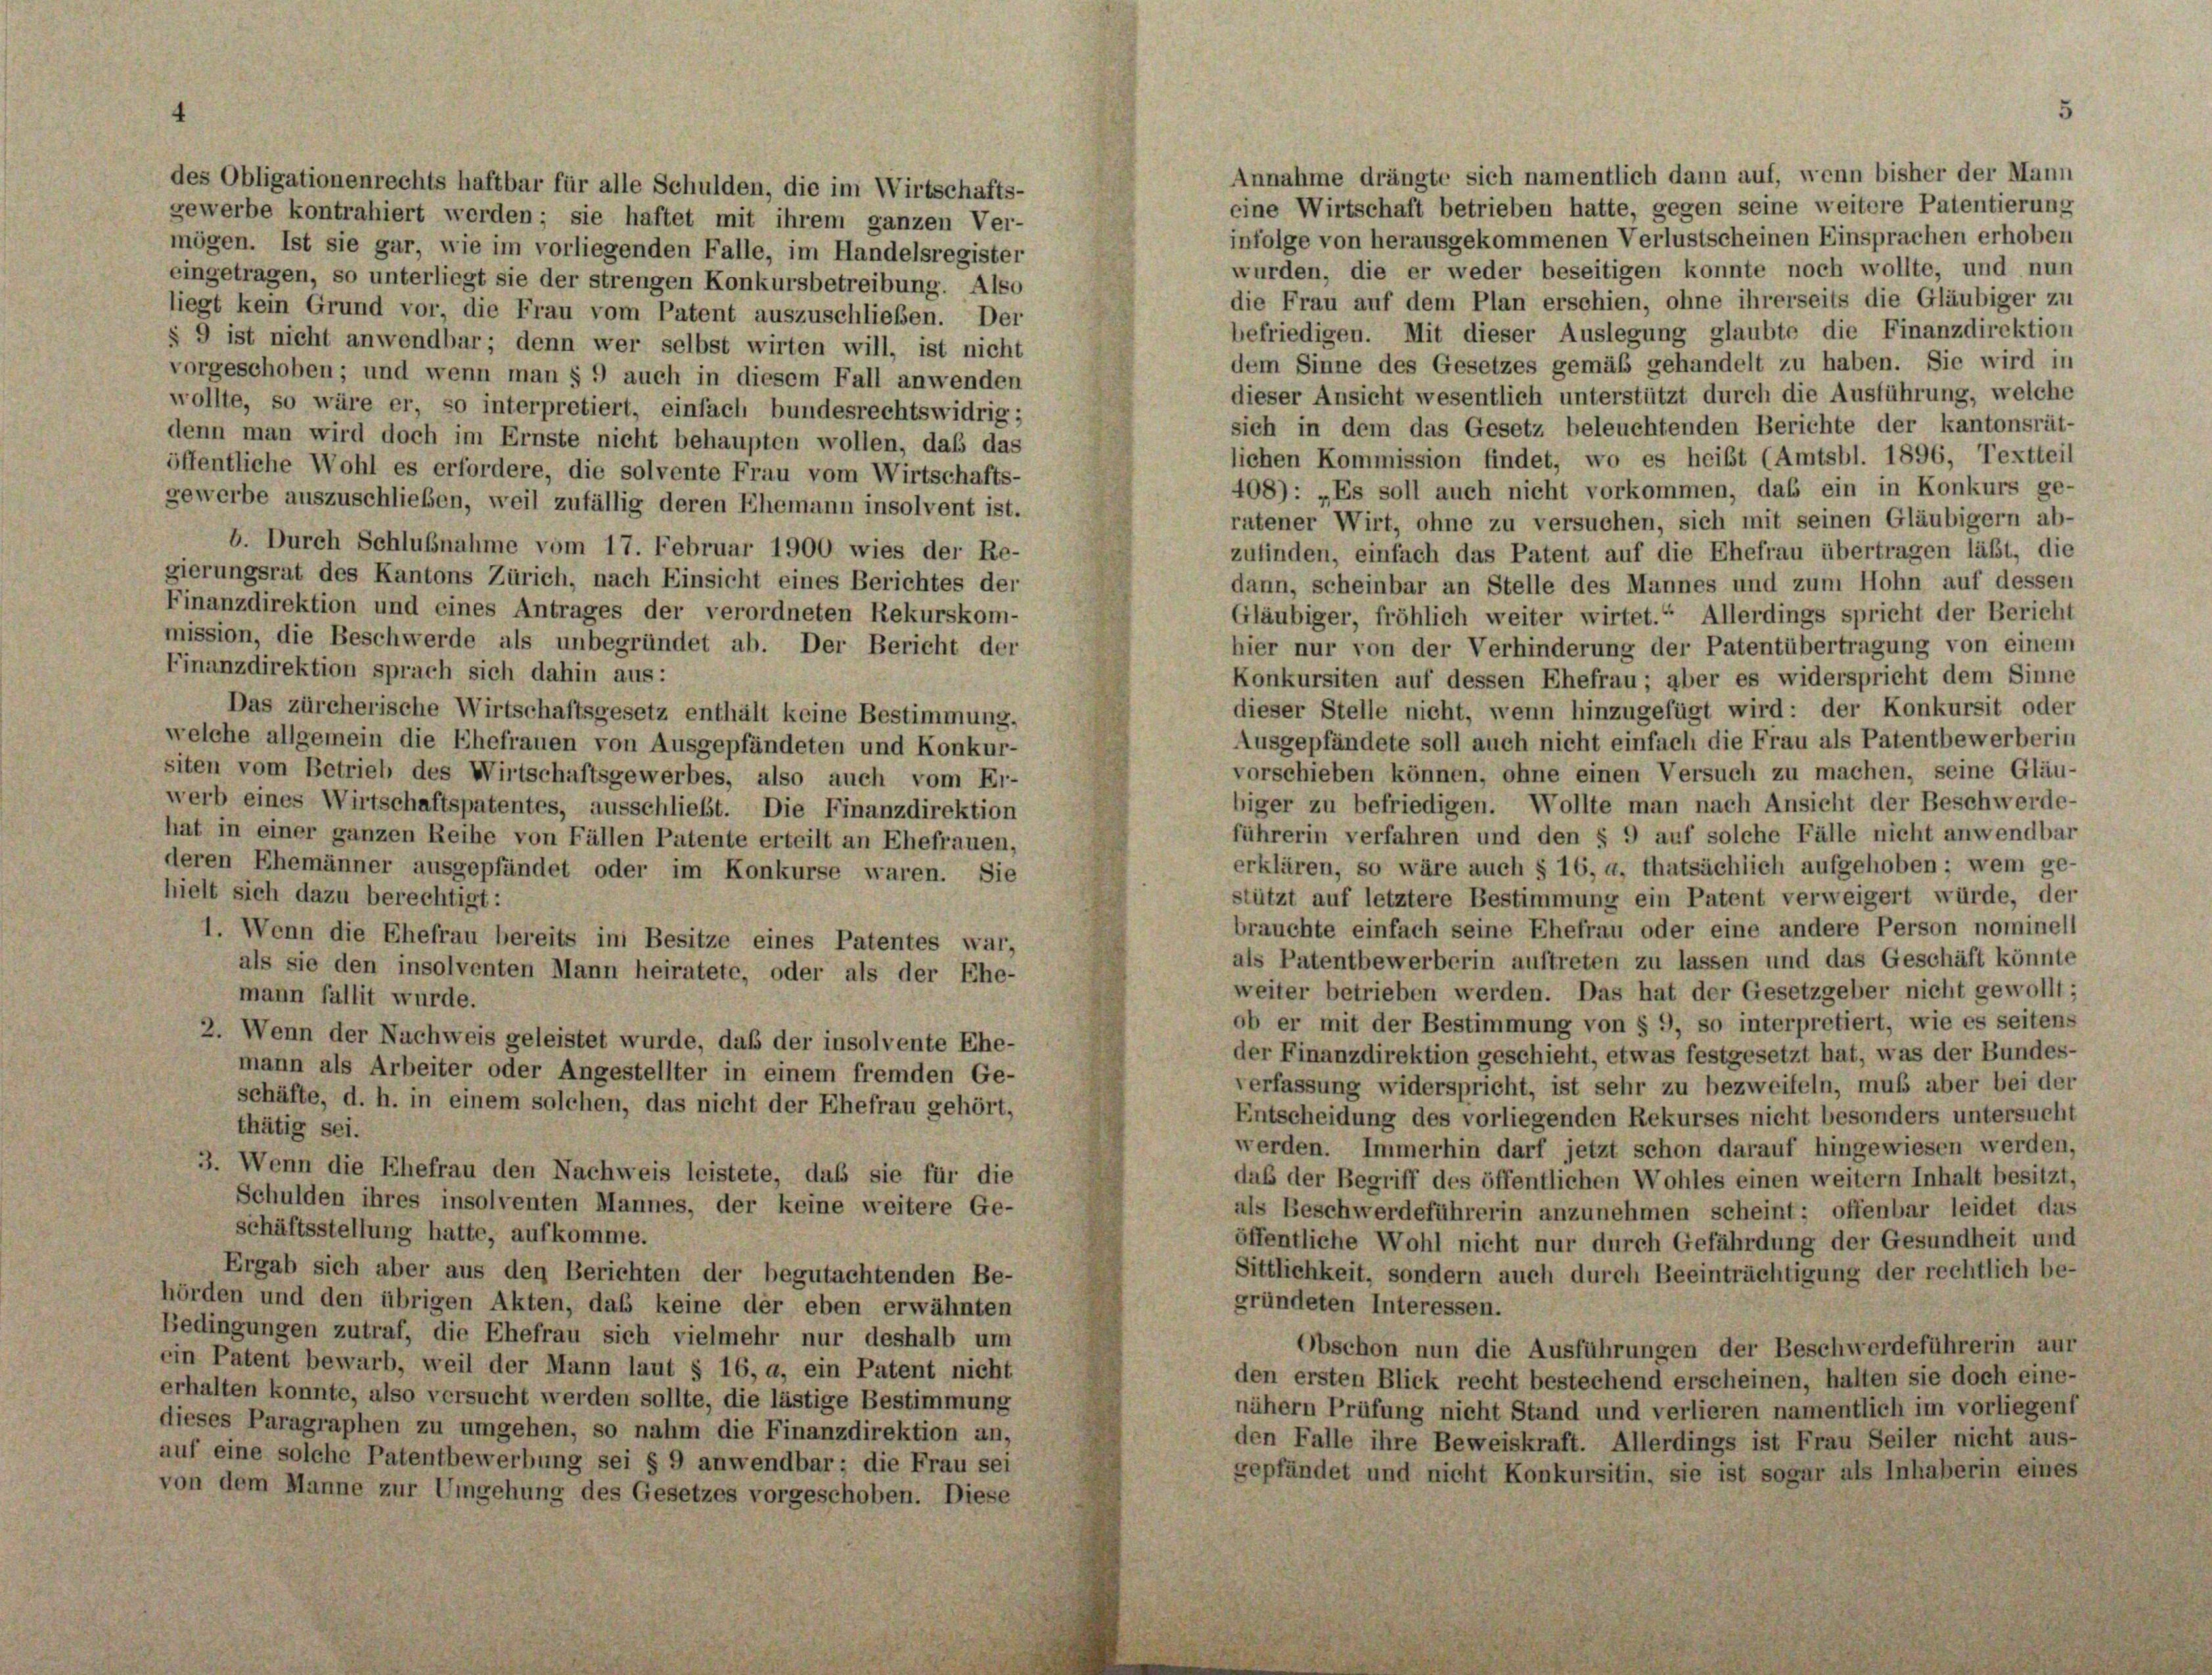
des Obligationenrechts haftbar für alle Schulden, die im Wirtschafts-

eine Wirtschaft betrieben hatte, gegen seine weitere Patentierung
gewerbe kontrahiert werden; sie haftet mit ihrem ganzen Ver-
infolge von herausgekommenen Verlustscheinen Einsprachen erhoben
mögen. Ist sie gar, wie im vorliegenden Falle, im Handelsregister
wurden, die er weder beseitigen konnte noch wollte, und nun
eingetragen, so unterliegt sie der strengen Konkursbetreibung. Also
die Frau auf dem Plan erschien, ohne ihrerseits die Gläubiger zu
liegt kein Grund vor, die Frau vom Patent auszuschließen. Der
befriedigen. Mit dieser Auslegung glaubte die Finanzdirektion
§ 9 ist nicht anwendbar; denn wer selbst wirten will, ist nicht
dem Sinne des Gesetzes gemäß gehandelt zu haben. Sie wird in
vorgeschoben; und wenn man § 9 auch in diesem Fall anwenden
dieser Ansicht wesentlich unterstützt durch die Ausführung, welche
wollte, so wäre er, so interpretiert, einfach bundesrechtswidrig;
sich in dem das Gesetz beleuchtenden Berichte der kantonsrät-
denn man wird doch im Ernste nicht behaupten wollen, daß das
lichen Kommission findet, wo es heißt (Amtsbl. 1896, Textteil
öffentliche Wohl es erfordere, die solvente Frau vom Wirtschafts-
408): „Es soll auch nicht vorkommen, das ein in Konkurs ge-
gewerbe auszuschließen, weil zufällig deren Ehemann insolvent ist.
ratener Wirt, ohne zu versuchen, sich mit seinen Gläubigern ab-
b. Durch Schlußnahme vom 17. Februar 1900 wies der Re-
zufinden, einfach das Patent auf die Ehefrau übertragen läßt, die
gierungsrat des Kantons Zürich, nach Einsicht eines Berichtes der
dann, scheinbar an Stelle des Mannes und zum Hohn auf dessen
Finanzdirektion und eines Antrages der verordneten Rekurskom-
Gläubiger, fröhlich weiter wirtet.“ Allerdings spricht der Bericht
mission, die Beschwerde als unbegründet ab. Der Bericht der
hier nur von der Verhinderung der Patentübertragung von einem
Finanzdirektion sprach sich dahin aus:
Konkursiten auf dessen Ehefrau; aber es widerspricht dem Sinne
dieser Stelle nicht, wenn hinzugefügt wird: der Konkursit oder
Das zürcherische Wirtschaftsgesetz enthält keine Bestimmung,
Ausgepfändete soll auch nicht einfach die Frau als Patentbewerberin
welche allgemein die Ehefrauen von Ausgepfändeten und Konkur-
vorschieben können, ohne einen Versuch zu machen, seine Gläu-
siten vom Betrieb des Wirtschaftsgewerbes, also auch vom Er-
biger zu befriedigen. Wollte man nach Ansicht der Beschwerde-
werb eines Wirtschaftspatentes, ausschließt. Die Finanzdirektion
führerin verfahren und den § 9 auf solche Fälle nicht anwendbar
hat in einer ganzen Reihe von Fällen Patente erteilt an Ehefrauen,
erklären, so wäre auch § 16, a, thatsächlich aufgehoben; wem ge-
deren Ehemänner ausgepfändet oder im Konkurse waren. Sie
hielt sich dazu berechtigt:
stützt auf letztere Bestimmung ein Patent verweigert würde, der
brauchte einfach seine Ehefrau oder eine andere Person nominell
1. Wenn die Ehefrau bereits im Besitze eines Patentes war,
als Patentbewerberin auftreten zu lassen und das Geschäft könnte
als sie den insolventen Mann heiratete, oder als der Ehe-
weiter betrieben werden. Das hat der Gesetzgeber nicht gewollt;
mann fallit wurde.
ob er mit der Bestimmung von § 9, so interpretiert, wie es seitens
2. Wenn der Nachweis geleistet wurde, daß der insolvente Ehe-
der Finanzdirektion geschieht, etwas festgesetzt hat, was der Bundes-
mann als Arbeiter oder Angestellter in einem fremden Ge-
verfassung widerspricht, ist sehr zu bezweifeln, muß aber bei der
schäfte, d. h. in einem solchen, das nicht der Ehefrau gehört,
Entscheidung des vorliegenden Rekurses nicht besonders untersucht
thätig sei.
werden. Immerhin darf jetzt schon darauf hingewiesen werden,
3. Wenn die Ehefrau den Nachweis leistete, daß sie für die
dab der Begriff des öffentlichen Wohles einen weitern Inhalt besitzt,
Schulden ihres insolventen Mannes, der keine weitere Ge-
als Beschwerdeführerin anzunehmen scheint: offenbar leidet das
schäftsstellung hatte, aufkomme.
öffentliche Wohl nicht nur durch Gefährdung der Gesundheit und
Ergab sich aber aus den Berichten der begutachtenden Be-
Sittlichkeit, sondern auch durch Beeinträchtigung der rechtlich be-
hörden und den übrigen Akten, das keine der eben erwähnten
gründeten Interessen.
Bedingungen zutraf, die Ehefrau sich vielmehr nur deshalb um
Obschon nun die Ausführungen der Beschwerdeführerin aur
ein Patent bewarb, weil der Mann laut § 16, a, ein Patent nicht
den ersten Blick recht bestechend erscheinen, halten sie doch eine-
erhalten konnte, also versucht werden sollte, die lästige Bestimmung
nähern Prüfung nicht Stand und verlieren namentlich im vorliegenf
dieses Paragraphen zu umgehen, so nahm die Finanzdirektion an,
den Falle ihre Beweiskraft. Allerdings ist Frau Seiler nicht aus-
auf eine solche Patentbewerbung sei § 9 anwendbar; die Frau sei
gepfändet und nicht Konkursitin, sie ist sogar als Inhaberin eines
von dem Manne zur Umgehung des Gesetzes vorgeschoben. Diese

Annahme drängte sich namentlich dann auf, wenn bisher der Mann